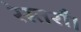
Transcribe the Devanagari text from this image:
रेस्तराँ।